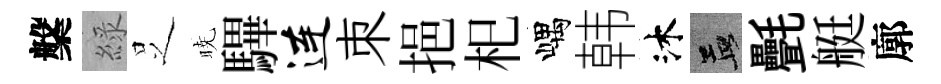
槃綠𠯁暁驆连朿挹𣏌嵎韩沐孟㲲艇廓